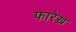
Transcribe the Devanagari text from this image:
फारेख